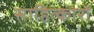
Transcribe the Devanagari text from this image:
साहित्कारों